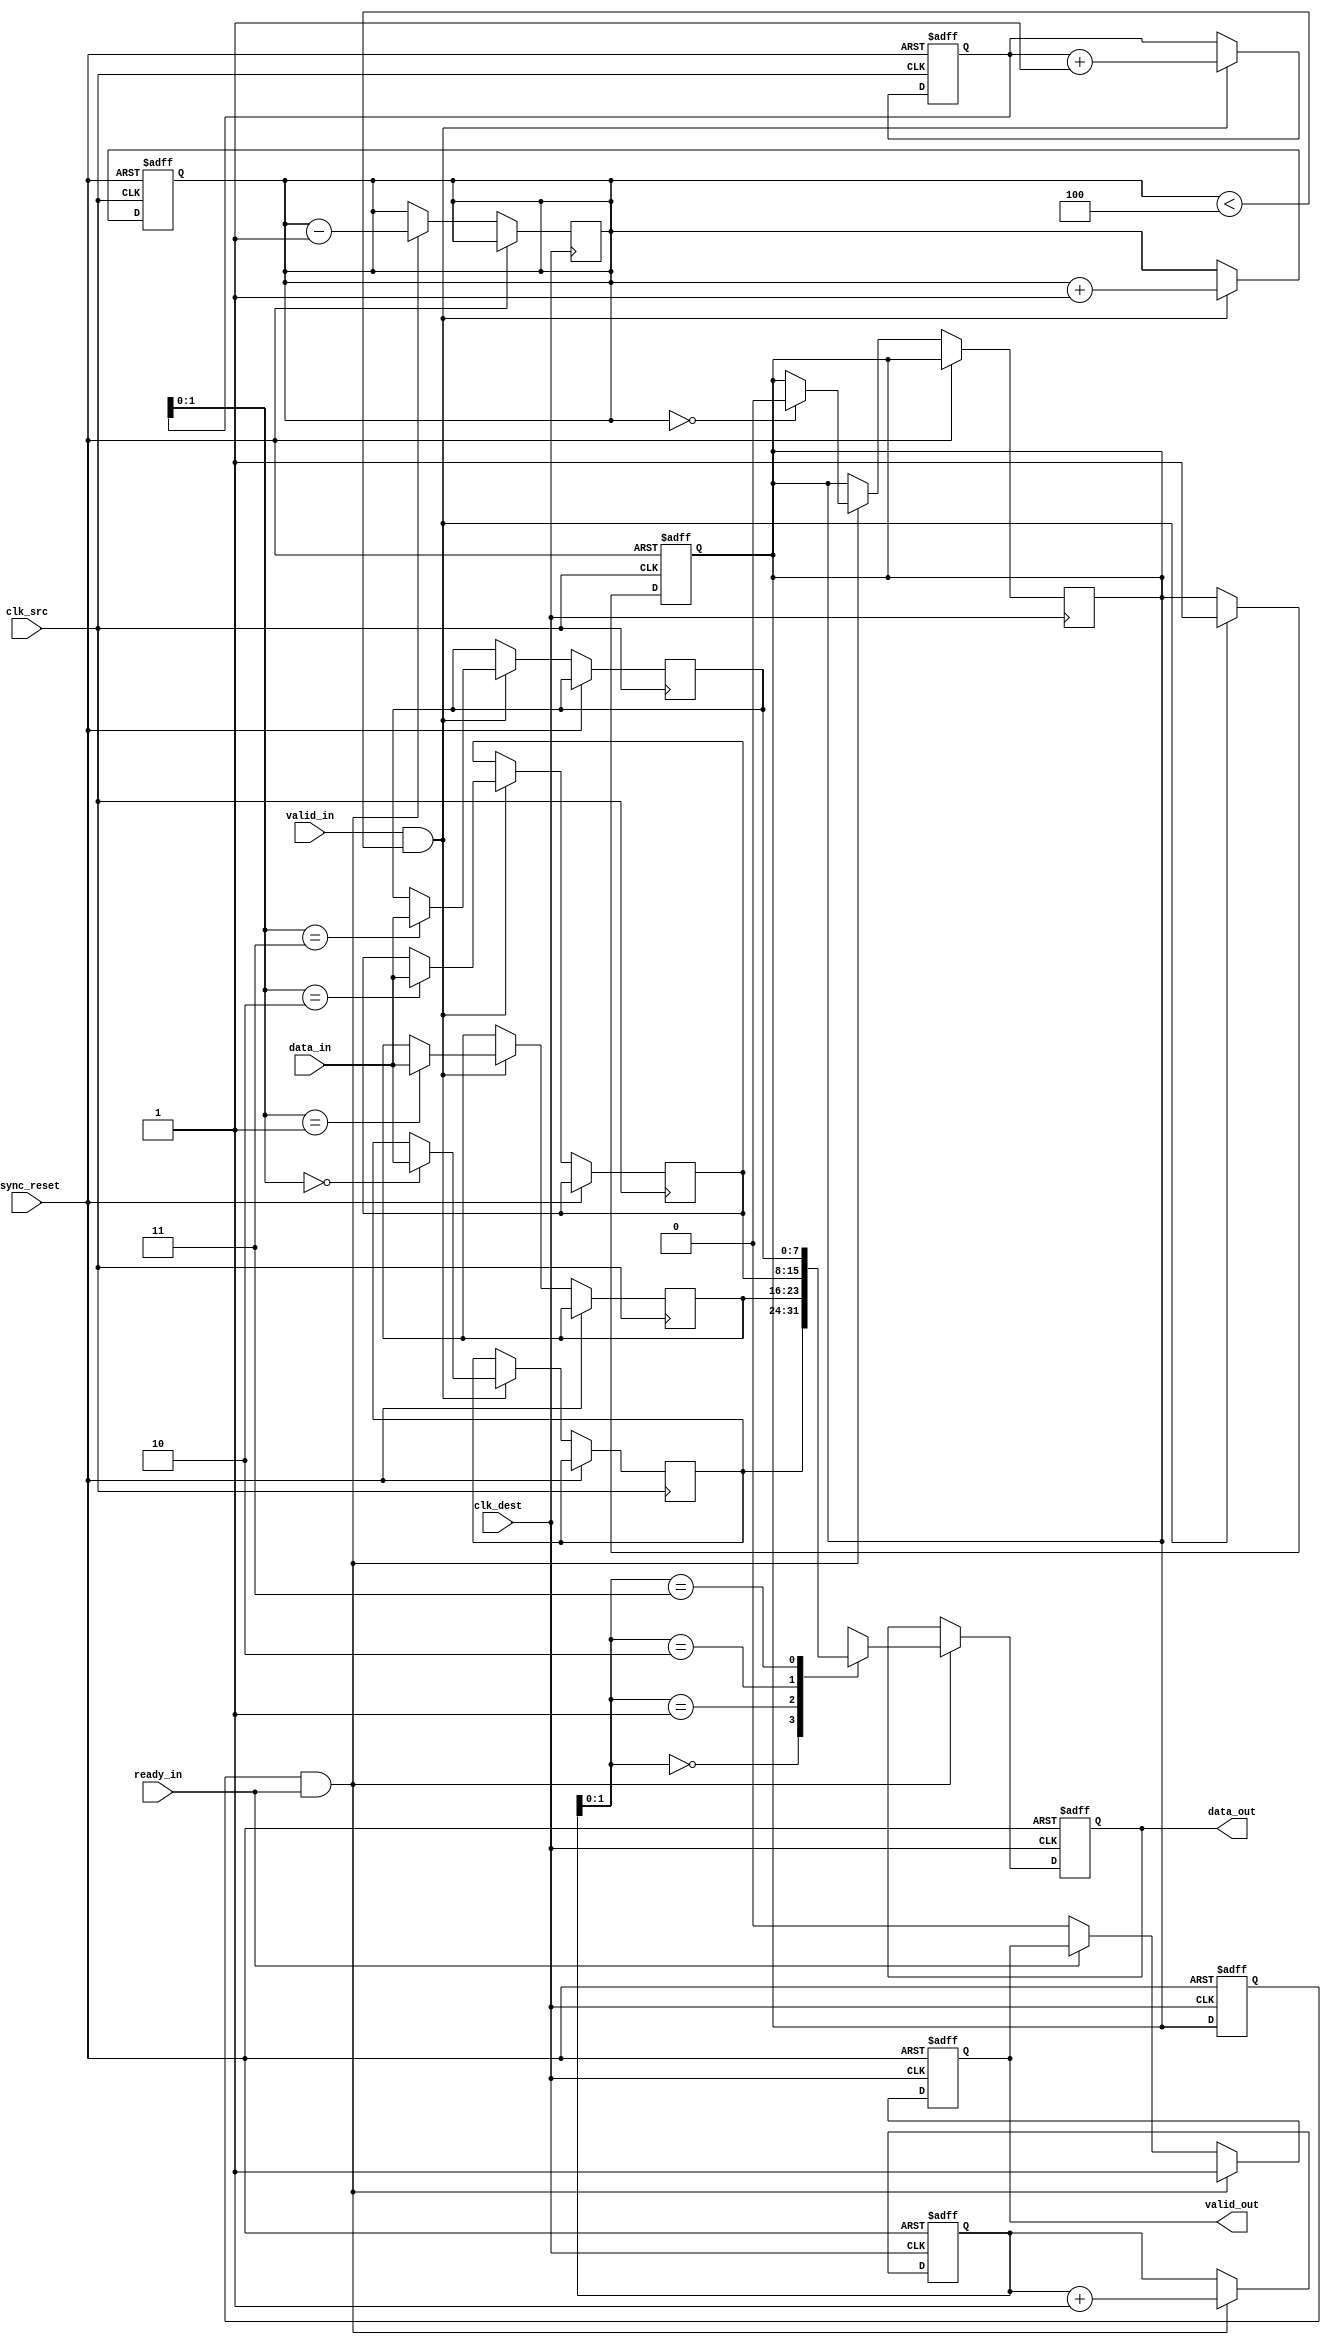
module memory_blocks_pipeline_synchronizer #(
    parameter DATA_WIDTH = 8,
    parameter FIFO_DEPTH = 4
)(
    input  wire              clk_src,      // Source clock
    input  wire              clk_dest,     // Destination clock
    input  wire [DATA_WIDTH-1:0] data_in,  // Input data from source clock domain
    input  wire              valid_in,     // Valid signal for input data
    output reg [DATA_WIDTH-1:0] data_out,  // Synchronized data output
    output reg              valid_out,     // Valid output signal
    input  wire              ready_in,     // Ready signal from destination clock domain
    input  wire              async_reset    // Asynchronous reset
);

    // Synchronization registers
    reg [DATA_WIDTH-1:0] data_sync_1;
    reg [DATA_WIDTH-1:0] data_sync_2;
    reg valid_sync_1;
    reg valid_sync_2;

    // FIFO buffer
    reg [DATA_WIDTH-1:0] fifo [0:FIFO_DEPTH-1];
    reg [2:0] write_ptr; // Write pointer
    reg [2:0] read_ptr;  // Read pointer
    reg [3:0] count;      // Number of messages in FIFO

    // Asynchronous reset logic
    always @(posedge clk_src or posedge async_reset) begin
        if (async_reset) begin
            write_ptr <= 3'b0;
            count <= 4'b0;
            valid_sync_1 <= 1'b0;
        end else begin
            if (valid_in && (count < FIFO_DEPTH)) begin
                fifo[write_ptr] <= data_in;
                write_ptr <= write_ptr + 1'b1;
                count <= count + 1'b1;
                valid_sync_1 <= 1'b1; // Set valid for sync
            end
        end
    end

    // Synchronization logic for destination clock domain
    always @(posedge clk_dest or posedge async_reset) begin
        if (async_reset) begin
            read_ptr <= 3'b0;
            valid_sync_2 <= 1'b0;
            data_out <= {DATA_WIDTH{1'b0}};
            valid_out <= 1'b0;
        end else begin
            // Synchronizing valid signal
            valid_sync_1 <= valid_sync_1; // 1st stage
            valid_sync_2 <= valid_sync_1; // 2nd stage

            // Handshake mechanism
            if (valid_sync_2 && ready_in) begin
                data_out <= fifo[read_ptr];
                valid_out <= 1'b1;
                read_ptr <= read_ptr + 1'b1;
                count <= count - 1'b1;
                if (count == 1'b0) begin
                    valid_sync_1 <= 1'b0; // Reset valid when FIFO is empty
                end
            end else if (!ready_in) begin
                valid_out <= 1'b0; // Reset valid when not ready
            end
        end
    end

endmodule